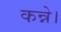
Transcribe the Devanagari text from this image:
कन्ने।